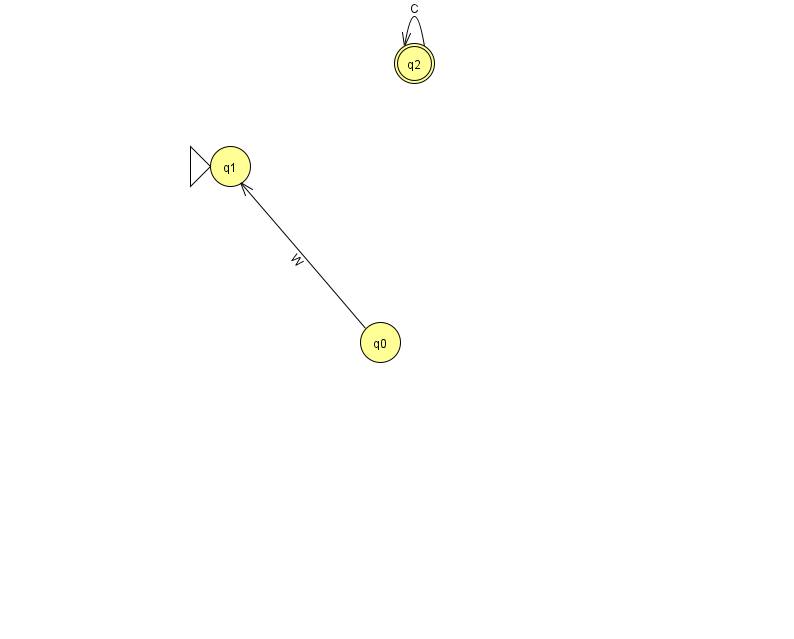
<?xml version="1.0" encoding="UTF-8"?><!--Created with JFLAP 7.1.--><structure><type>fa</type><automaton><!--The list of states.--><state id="0" name="q0"><x>380.0</x><y>329.0</y></state><state id="1" name="q1"><x>230.0</x><y>153.0</y><initial/></state><state id="2" name="q2"><x>414.0</x><y>50.0</y><final/></state><!--The list of transitions.--><transition><from>0</from><to>1</to><read>W</read></transition><transition><from>2</from><to>2</to><read>C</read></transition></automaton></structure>